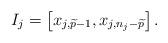
LaTeX: \begin{align*}I_j = \left[x_{j,\widetilde{p}-1},x_{j,n_j-\widetilde{p}}\right].\end{align*}